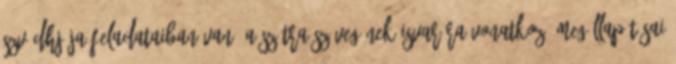
szvádhjája feladataiban van. A szútra szövegének Isvarára vonatkozó megállapításai